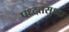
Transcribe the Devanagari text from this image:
पध्दतसुध्दा